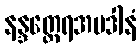
နန္ဒတ္ထေရအပဒါနံ